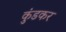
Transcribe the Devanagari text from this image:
कुंडकर